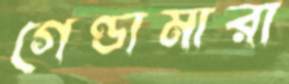
গেণ্ডামারা